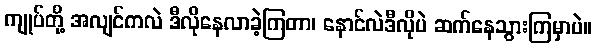
ကျုပ်တို့ အလျင်ကလဲ ဒီလိုနေလာခဲ့ကြတာ၊ နောင်လဲဒီလိုပဲ ဆက်နေသွားကြမှာပဲ။